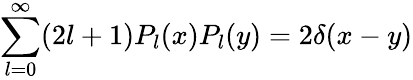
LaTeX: \sum_{l=0}^{\infty}(2l+1)P_{l}(x)P_{l}(y)=2\delta(x-y)